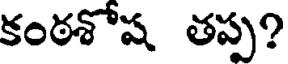
కంఠశోష తప్ప?